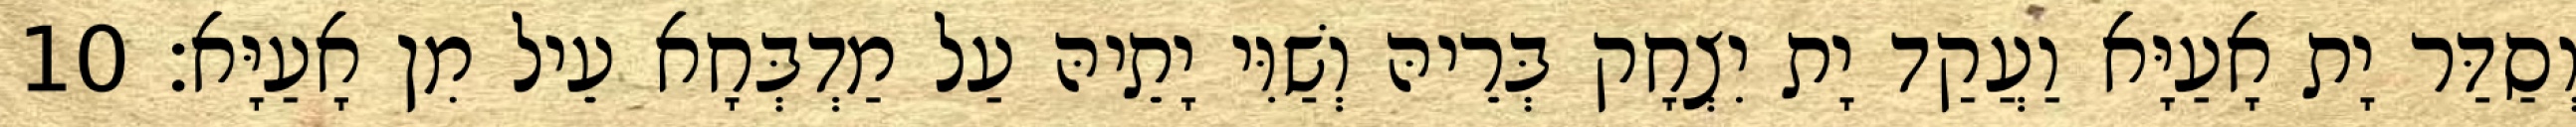
וְסַדַּר יָת אָעַיָּא וַעֲקַד יָת יִצְחָק בְּרֵיהּ וְשַׁוִּי יָתֵיהּ עַל מַדְבְּחָא עֵיל מִן אָעַיָּא׃ 10